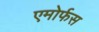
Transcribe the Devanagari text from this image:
एमोर्फस